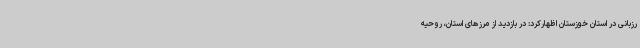
رزبانی در استان خوزستان اظهارکرد: در بازدید از مرزهای استان، روحیه